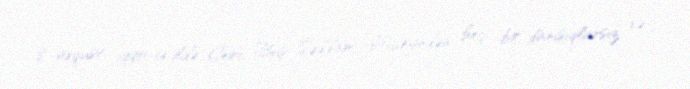
8 avqust 1990-cı ildə Corc Buş Səddam Hüseyndən heç bir danışıqlarsız və